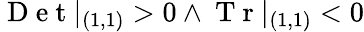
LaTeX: \mathrm{~D~e~t~}|_{(1,1)}>0\land\mathrm{~T~r~}|_{(1,1)}<0